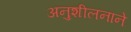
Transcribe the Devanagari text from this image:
अनुशीलनाने